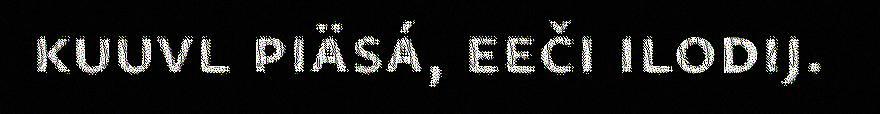
kuuvl piäsá, eeči ilodij.